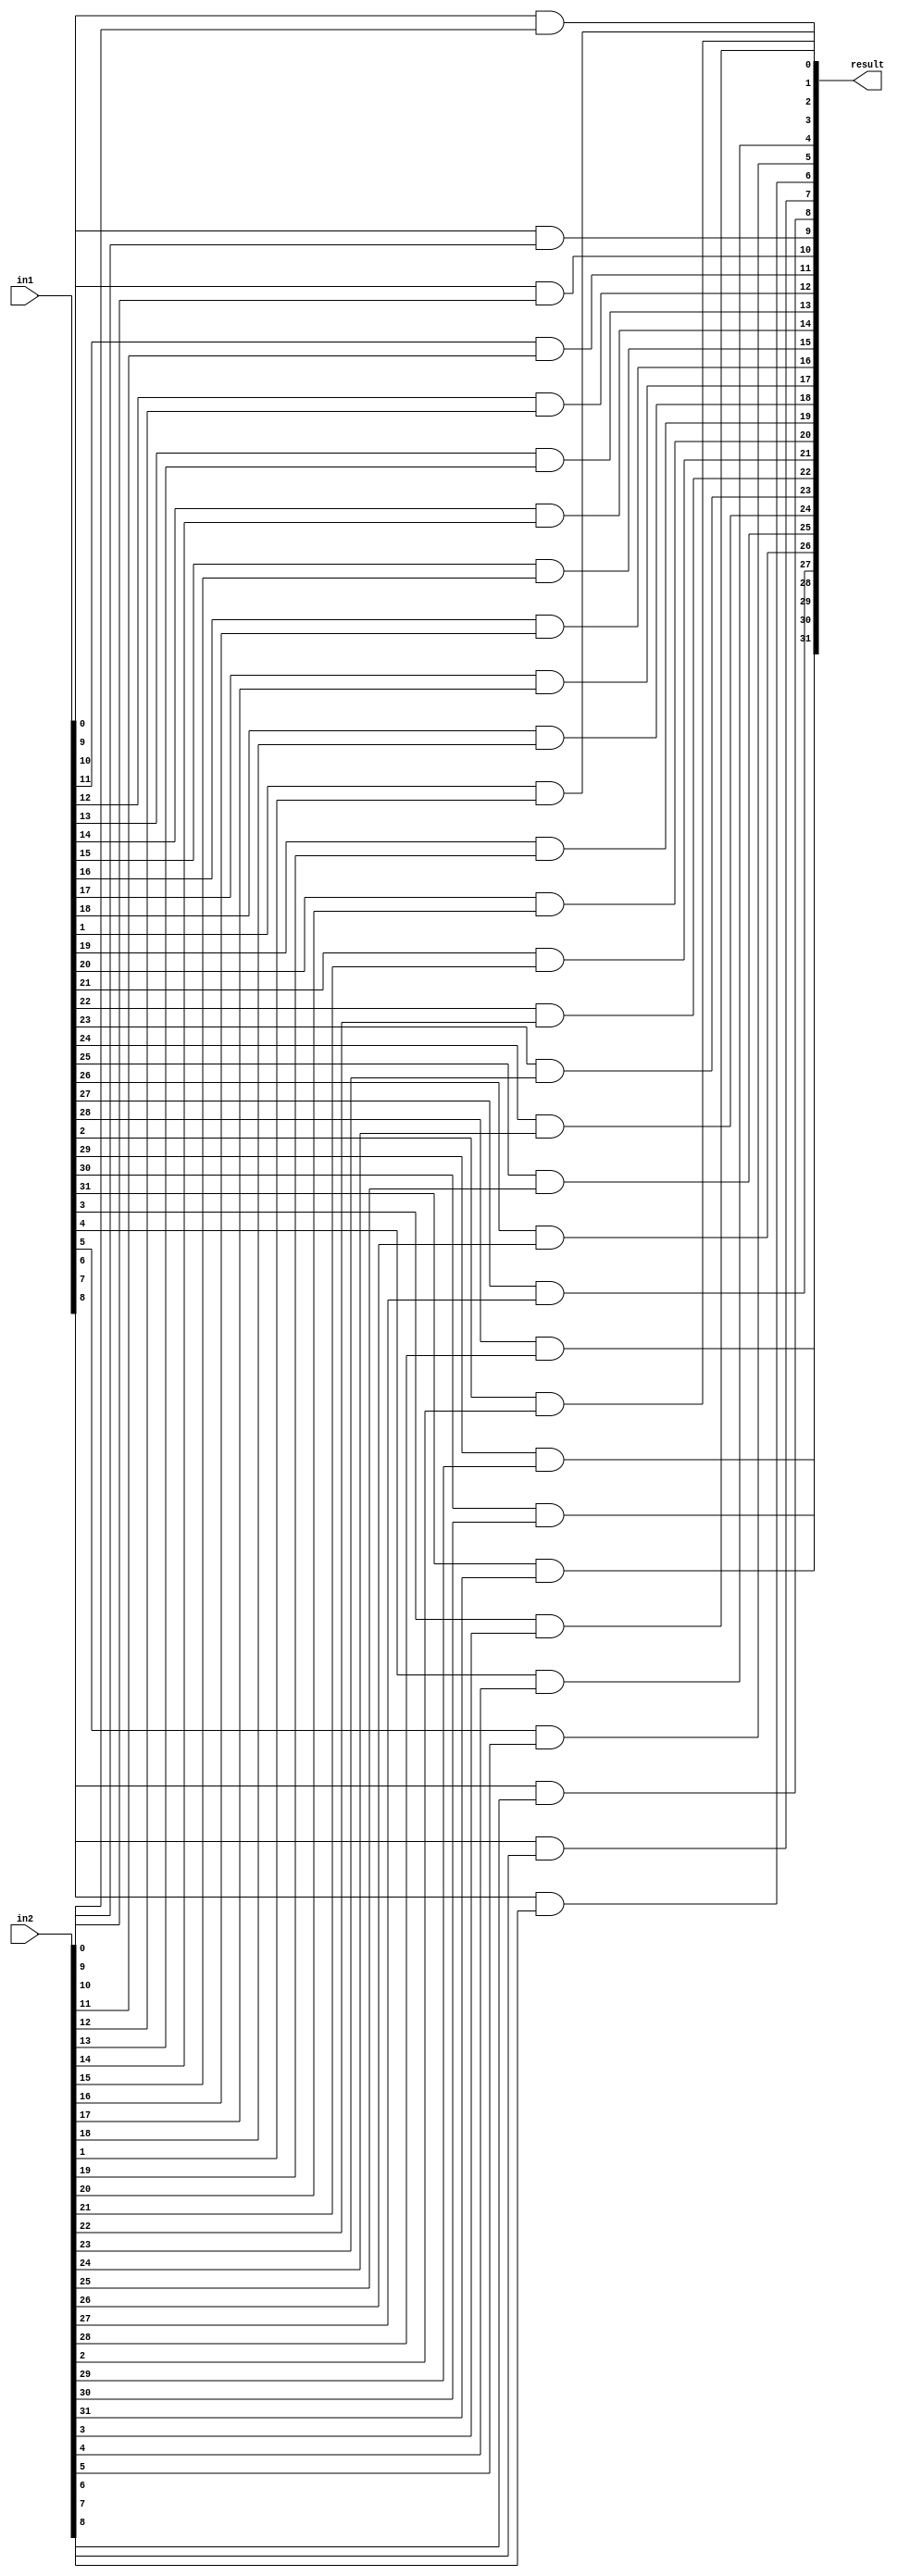
module and2num(input [31:0] in1,
					input [31:0] in2,
					output [31:0] result);
	genvar i; //generate counter
	generate 
		for(i = 0; i <= 31; i = i + 1) begin : and_loop
			and and0_31(result[i], in1[i], in2[i]);//reverse input2
		end
	endgenerate
endmodule